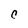
Character: C